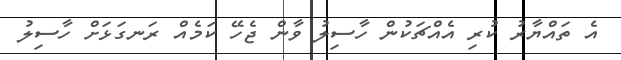
އެ ތައްޔާރު ކުރި އެއްޗަކުން ހާސިލު ވާން ޖެހޭ ކަމެއް ރަނގަޅަށް ހާސިލު